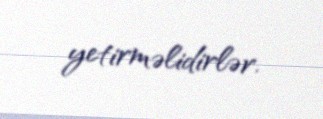
yetirməlidirlər.